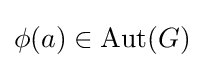
\phi (a)\in \operatorname {Aut} (G)